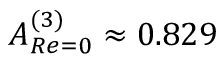
A _ { R e = 0 } ^ { ( 3 ) } \approx 0 . 8 2 9